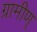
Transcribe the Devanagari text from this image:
ग्रामीण्